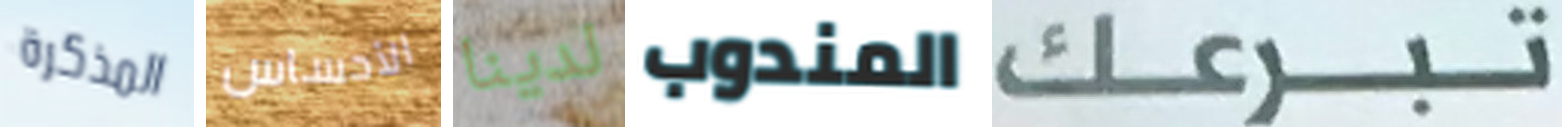
المذكرة الأحساس لدينا المندوب تبرعك